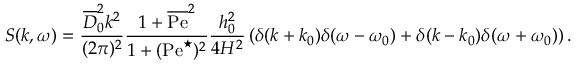
S ( k , \omega ) = \frac { \overline { { D } } _ { 0 } ^ { 2 } k ^ { 2 } } { ( 2 \pi ) ^ { 2 } } \frac { 1 + \overline { { \mathrm { P e } } } ^ { 2 } } { 1 + ( \mathrm { P e } ^ { \star } ) ^ { 2 } } \frac { h _ { 0 } ^ { 2 } } { 4 H ^ { 2 } } \left( \delta ( k + k _ { 0 } ) \delta ( \omega - \omega _ { 0 } ) + \delta ( k - k _ { 0 } ) \delta ( \omega + \omega _ { 0 } ) \right) .